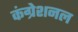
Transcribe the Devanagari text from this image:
कंग्रेशनल